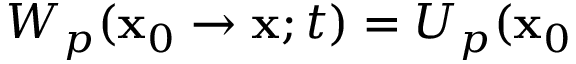
W _ { p } ( \mathbf { x } _ { 0 } \rightarrow \mathbf { x } ; t ) = U _ { p } ( \mathbf { x } _ { 0 }